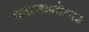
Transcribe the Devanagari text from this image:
कारखण्डेश्वर